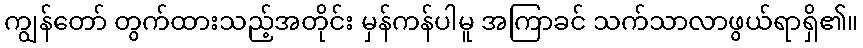
ကျွန်တော် တွက်ထားသည့်အတိုင်း မှန်ကန်ပါမူ အကြာခင် သက်သာလာဖွယ်ရာရှိ၏။